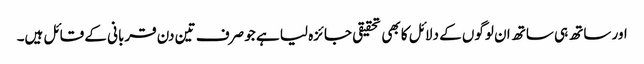
اور ساتھ ہی ساتھ ان لوگوں کے دلائل کا بھی تحقیقی جائزہ لیا ہے جو صرف تین دن قربانی کے قائل ہیں۔